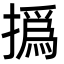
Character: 撝